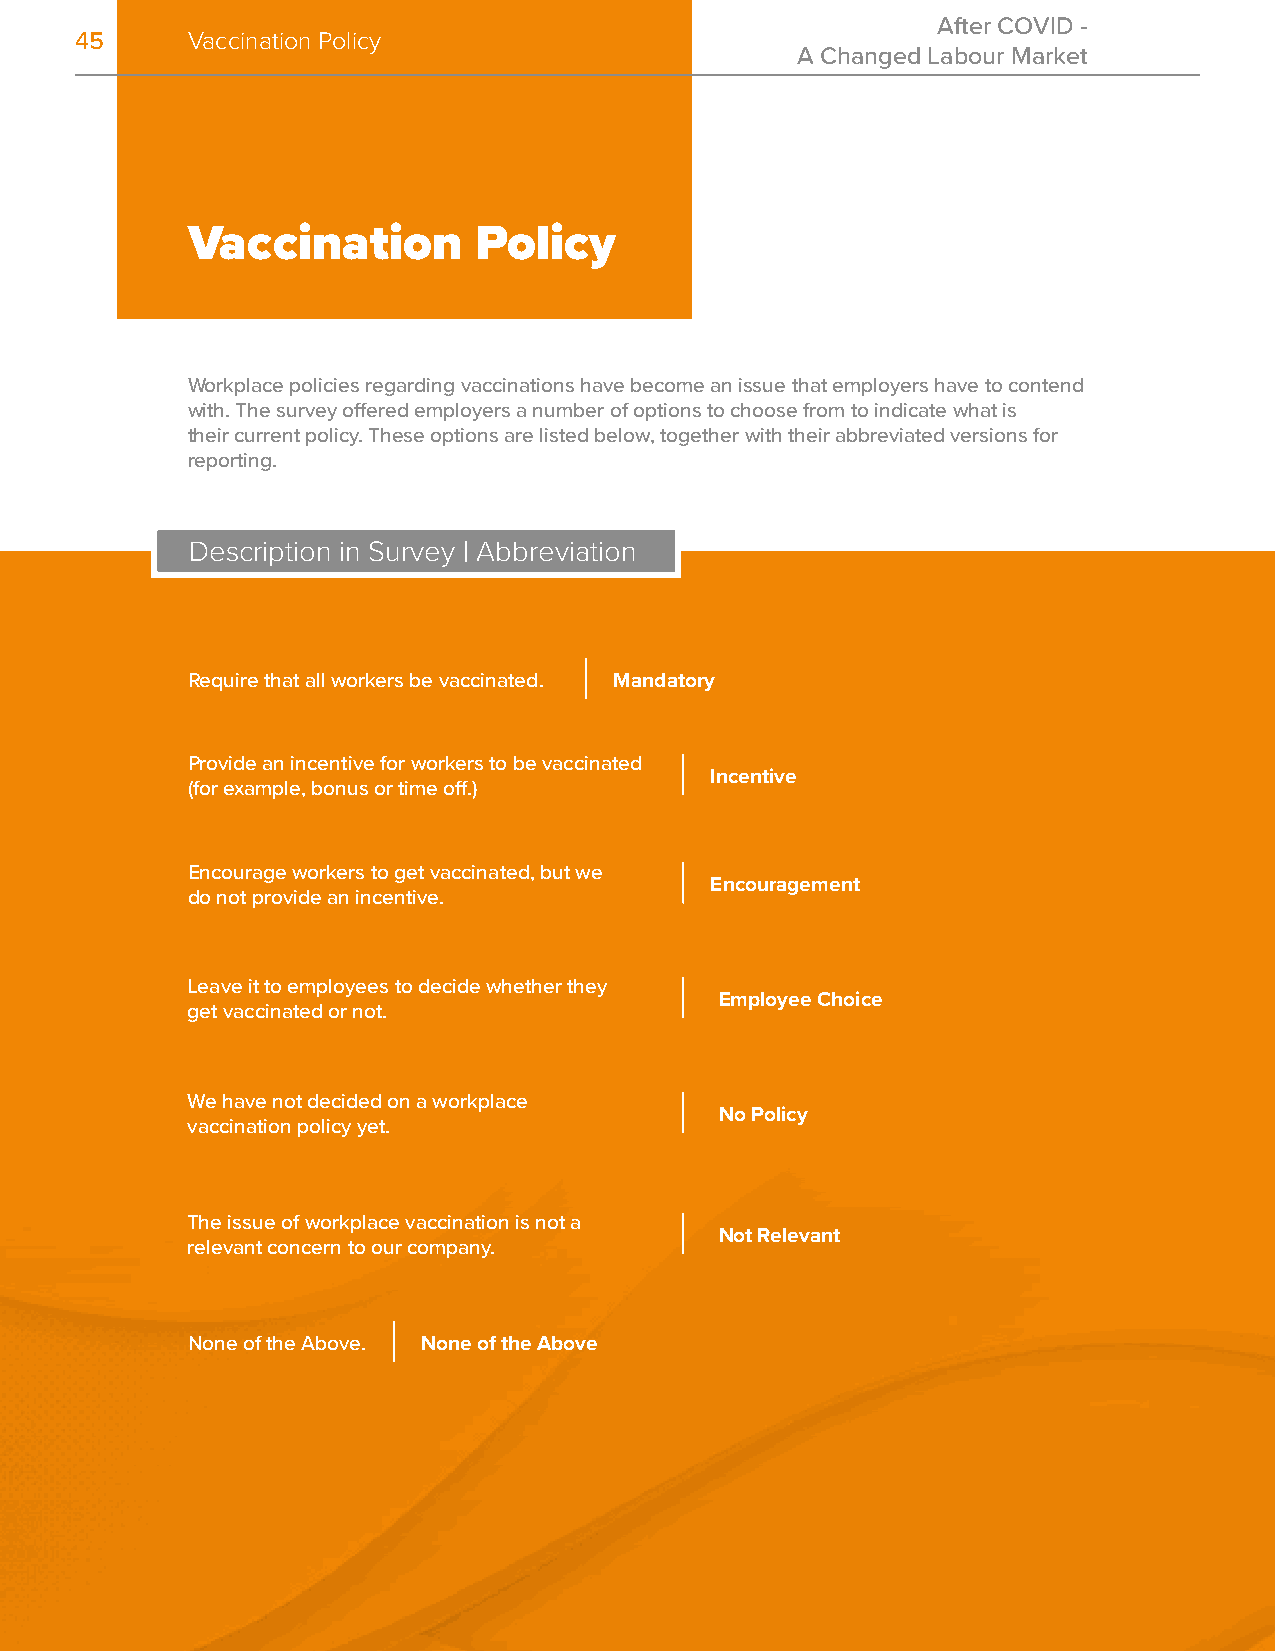
After COVID -
 45     Vaccination Policy
 A Changed Labour Market
 Vaccination        Policy
 Workplace policies regarding vaccinations have become an issue that employers have to contend
 with. The survey offered employers a number of options to choose from to indicate what is
 their current policy. These options are listed below, together with their abbreviated versions for
 reporting.
 Description in Survey | Abbreviation
 Require that all workers be vaccinated. Mandatory
 Provide an incentive for workers to be vaccinated
 Incentive
 (for example, bonus or time off.)
 Encourage workers to get vaccinated, but we
 Encouragement
 do not provide an incentive.
 Leave it to employees to decide whether they
 Employee Choice
 get vaccinated or not.
 We have not decided on a workplace
 No Policy
 vaccination policy yet.
 The issue of workplace vaccination is not a
 Not Relevant
 relevant concern to our company.
 None of the Above. None of the Above